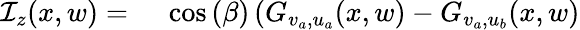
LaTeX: \begin{array}{rl}{\mathcal{I}_{z}(x,w)={}}&{{}\cos{(\beta)}\left(G_{v_{a},u_{a}}(x,w)-G_{v_{a},u_{b}}(x,w)\right.}\end{array}